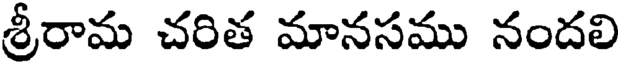
శ్రీరామ చరిత మానసము నందలి